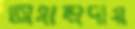
অসাম্প্রদায়